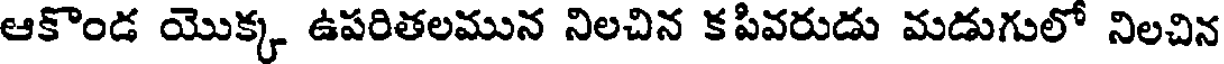
ఆకొండ యొక్క ఉపరితలమున నిలచిన కపివరుడు మడుగులో నిలచిన